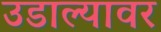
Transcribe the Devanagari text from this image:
उडाल्यावर